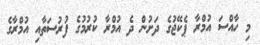
މި ހާއްސަ އުމްރާ ޕެކޭޖުގެ ދަށުން ދެ އުމްރާ ކުރުމުގެ ފުރުސަތާއި އުމްރާގެ